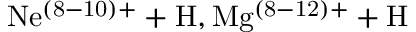
\mathrm { N e ^ { ( 8 - 1 0 ) + } + H , M g ^ { ( 8 - 1 2 ) + } + H }